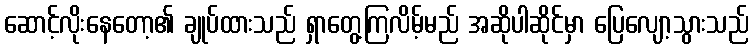
ဆောင့်လိုးနေတော့၏ ချုပ်ထားသည် ရှာတွေ့ကြလိမ့်မည် အဆိုပါဆိုင်မှာ ပြေလျော့သွားသည်